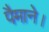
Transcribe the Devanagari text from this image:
पैमाने।